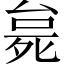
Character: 𬆗